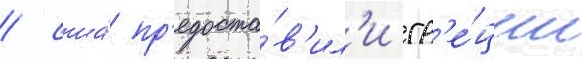
/ сша́ пр'едоста́в'ил'и гр'е́ции